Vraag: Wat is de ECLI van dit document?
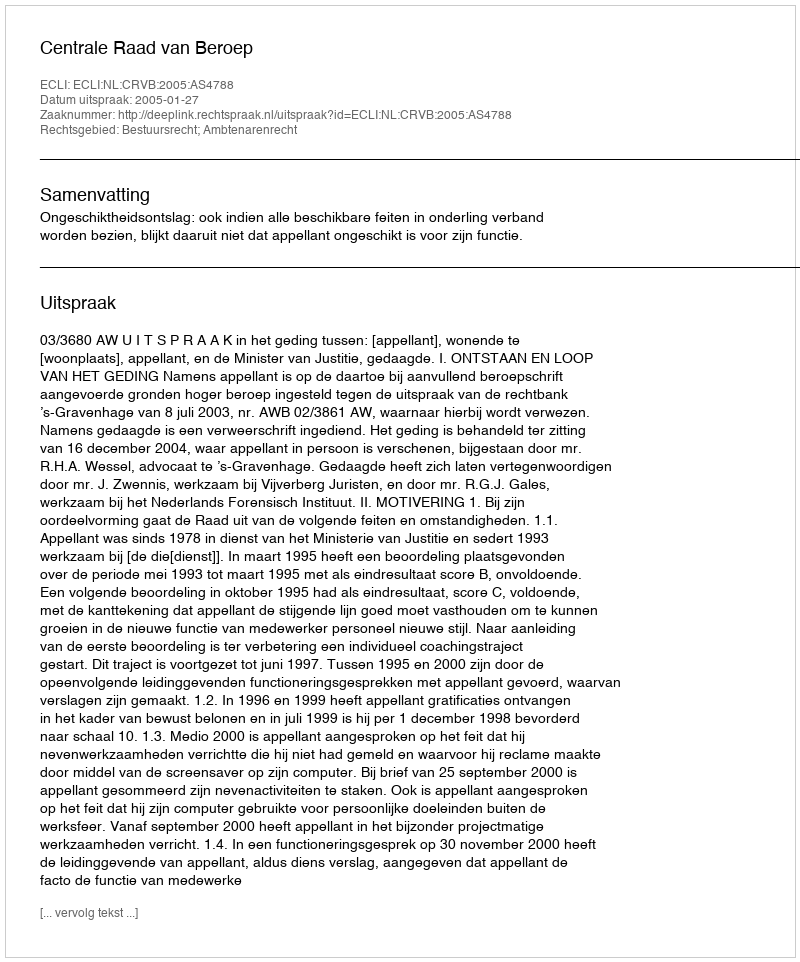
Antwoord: ECLI:NL:CRVB:2005:AS4788